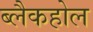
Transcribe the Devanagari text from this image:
ब्लैकहोल